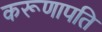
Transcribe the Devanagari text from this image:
करूणापति